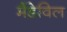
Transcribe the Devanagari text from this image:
मैंडेविल